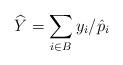
LaTeX: \begin{align*}\widehat{Y} = \sum_{i\in B} y_i/ \hat{p}_i \end{align*}